Mental hospitals Bombay report 1929-33 - 1929-1933
Year: 1929
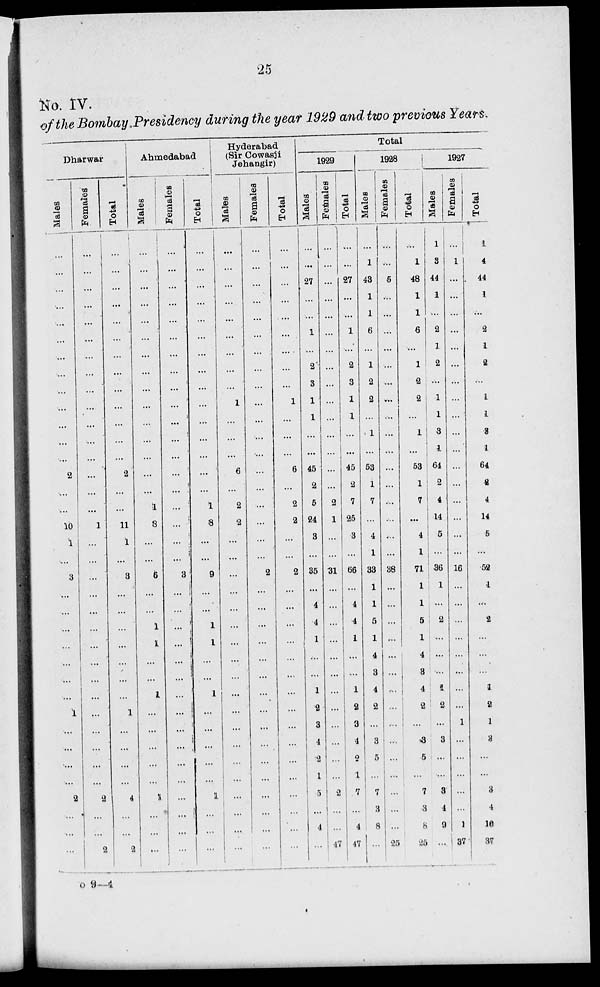
25
No. IV.
of the Bombay.Presidency during the year 1929 and two previous Years.
Dharwar
Males
...
...
...
...
...
...
...
...
...
...
...
...
...
2
...
...
10
1
...
3
...
...
...
...
...
...
...
1
...
...
...
...
2
... ... ...
Females
...
...
...
...
...
...
...
...
...
...
...
...
...
...
...
...
1
...
...
...
...
...
...
...
...
...
...
...
...
...
...
...
2
...
...
2
Total
...
...
...
...
...
...
...
...
...
...
...
...
...
2
...
...
11
1
...
3
...
...
...
...
...
...
...
1
...
...
...
...
4
...
...
2
Ahmedabad
Males
...
...
...
...
...
...
...
...
...
...
...
...
...
...
...
1
8
...
...
6
...
...
1
1
...
...
1
...
...
...
...
...
1
...
...
...
Females
...
...
...
...
...
...
...
...
...
...
...
...
...
...
...
...
...
...
...
3
...
...
...
...
...
...
...
...
...
...
...
...
...
...
...
...
Total
...
...
...
...
...
...
...
...
...
...
...
...
...
...
...
1
8
...
...
9
...
...
1
1
...
...
1
...
...
...
...
...
1
...
...
...
Hyderabad
(Sir Cowasji
Jehangir)
Males
...
...
...
...
...
...
...
...
...
1
...
...
...
6
...
2
2
...
...
...
...
...
...
...
...
...
...
...
...
...
...
...
...
...
...
...
Females
...
...
...
...
...
...
...
...
...
...
...
...
...
...
...
...
...
...
...
2
...
...
...
...
...
...
...
...
...
...
...
...
...
...
...
Total
...
...
...
...
...
...
...
...
...
1
...
...
...
6
...
2
2
...
...
2
...
...
...
...
...
...
...
...
...
...
...
...
...
...
...
...
Total
1929
Males
...
...
27
...
...
1
...
2
3
1
1
...
...
45
2
5
24
3
...
35
...
4
4
1
...
...
1
2
3
4
2
1
5
...
4
...
Females
...
...
...
...
...
...
...
...
...
...
...
...
...
...
...
2
1
...
...
31
...
...
...
...
...
...
...
...
...
...
...
...
2
...
...
17
Total
...
...
27
...
...
1
...
2
3
1
1
...
...
45
2
7
25
3
...
66
...
4
4
1
...
...
1
2
3
4
2
1
7
...
4
17
1928
Males
...
1
43
1
1
6
...
1
2
2
...
1
...
53
1
7
...
4
1
33
1
1
5
1
4
3
4
2
...
3
5
...
7
3
8
...
Females
...
...
5
...
...
...
...
...
...
...
...
...
...
...
...
...
...
...
...
38
...
...
...
...
...
...
...
...
...
...
...
...
...
...
...
25
Total
...
1
48
1
1
6
...
1
2
2
...
1
...
53
1
7
...
4
1
71
1
1
5
1
4
3
4
2
...
3
5
...
7
3
8
25
1927
Males
1
3
44
1
...
2
1
2
...
1
1
3
1
64
2
4
14
5
...
36
1
...
2
...
...
...
1
2
...
3
...
...
3
4
9
...
Females
...
1
...
...
...
...
...
...
...
...
...
...
...
...
...
...
...
...
...
16
...
...
...
...
...
...
...
...
1
...
...
...
...
...
1
37
Total
1
4
44
1
...
2
1
2
...
1
1
3
1
64
2
4
14
5
...
52
1
...
2
...
...
...
1
2
1
3
...
...
3
4
10
37
O 9—4.